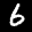
Digit: 6